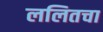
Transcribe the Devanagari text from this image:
ललितचा